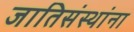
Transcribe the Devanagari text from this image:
जातिसंस्थांना